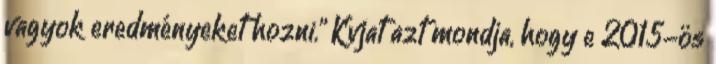
vagyok eredményeket hozni.” Kvjat azt mondja, hogy e 2015-ös